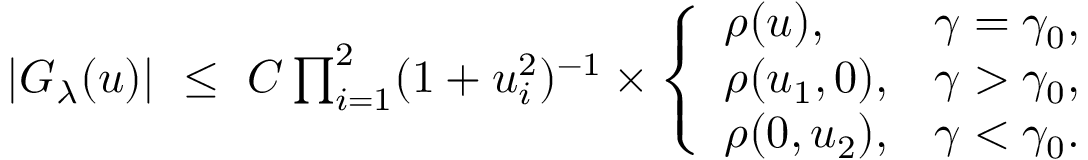
\begin{array} { r l } & { | G _ { \lambda } ( \boldsymbol { u } ) | \ \le \ C \prod _ { i = 1 } ^ { 2 } ( 1 + u _ { i } ^ { 2 } ) ^ { - 1 } \times \left\{ \begin{array} { l l } { \rho ( \boldsymbol { u } ) , } & { \gamma = \gamma _ { 0 } , } \\ { \rho ( u _ { 1 } , 0 ) , } & { \gamma > \gamma _ { 0 } , } \\ { \rho ( 0 , u _ { 2 } ) , } & { \gamma < \gamma _ { 0 } . } \end{array} \right. } \end{array}